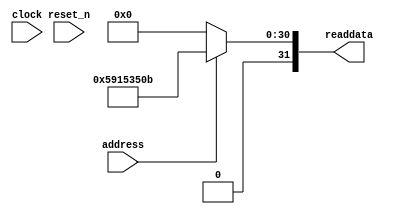
module Computer_System_SysID (
               // inputs:
                address,
                clock,
                reset_n,

               // outputs:
                readdata
             )
;

  output  [ 31: 0] readdata;
  input            address;
  input            clock;
  input            reset_n;

  wire    [ 31: 0] readdata;
  //control_slave, which is an e_avalon_slave
  assign readdata = address ? 1494562059 : 0;

endmodule